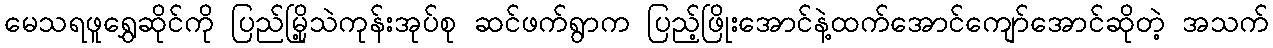
မေသရဖူရွှေဆိုင်ကို ပြည်မြို့သဲကုန်းအုပ်စု ဆင်ဖက်ရွာက ပြည့်ဖြိုးအောင်နဲ့ထက်အောင်ကျော်အောင်ဆိုတဲ့ အသက်